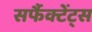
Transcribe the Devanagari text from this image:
सर्फैक्टेंट्स